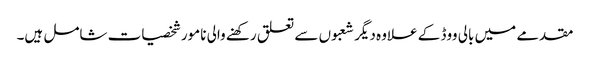
مقدمے میں بالی ووڈ کے علاوہ دیگر شعبوں سے تعلق رکھنے والی نامور شخصیات شامل ہیں۔